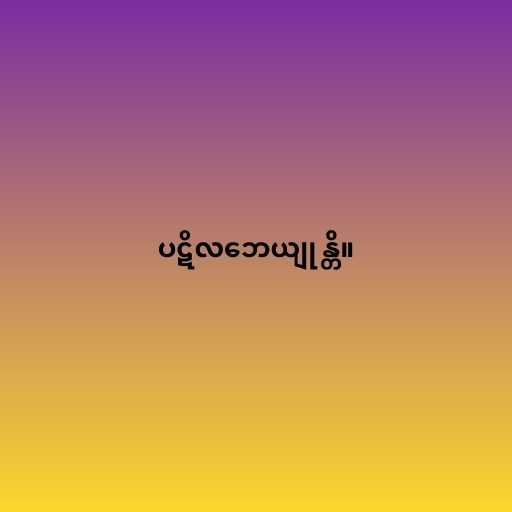
ပဋိလဘေယျုန္တိ။